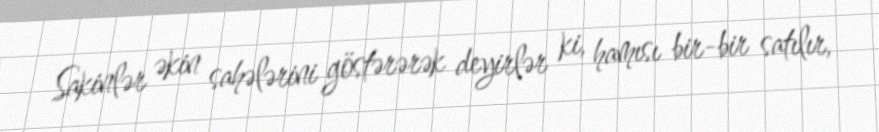
Sakinlər əkin sahələrini göstərərək deyirlər ki, hamısı bir-bir satılır,